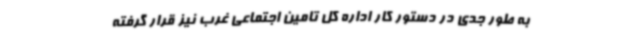
به طور جدی در دستور کار اداره کل تامین اجتماعی غرب نیز قرار گرفته